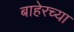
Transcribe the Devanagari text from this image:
बाहेरच्‍या